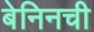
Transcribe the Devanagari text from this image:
बेनिनची